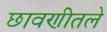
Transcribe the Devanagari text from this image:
छावणीतले